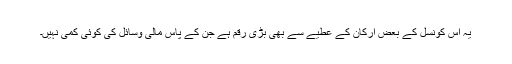
یہ اس کونسل کے بعض ارکان کے عطیے سے بھی بڑی رقم ہے جن کے پاس مالی وسائل کی کوئی کمی نہیں۔